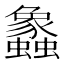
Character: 𲀔